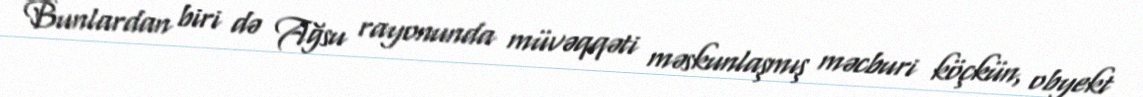
Bunlardan biri də Ağsu rayonunda müvəqqəti məskunlaşmış məcburi köçkün, obyekt